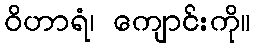
ဝိဟာရံ၊ ကျောင်းကို။